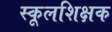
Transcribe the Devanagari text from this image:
स्कूलशिक्षक